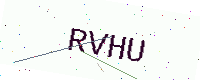
Text: RVHU